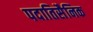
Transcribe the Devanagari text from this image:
पदातिसैनिक